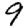
Digit: 9